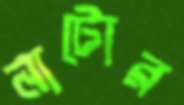
নাটোর